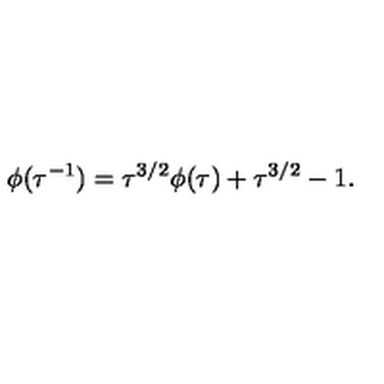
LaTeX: \phi ( \tau ^ { - 1 } ) = \tau ^ { 3 / 2 } \phi ( \tau ) + \tau ^ { 3 / 2 } - 1 .